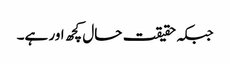
جبکہ حقیقت حال کچھ اور ہے۔